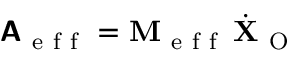
\boldsymbol { \mathsf { A } } _ { \mathrm { ~ e ~ f ~ f ~ } } = \mathbf { M } _ { \mathrm { ~ e ~ f ~ f ~ } } \, \dot { \mathbf { X } } _ { \mathrm { ~ O ~ } }